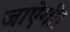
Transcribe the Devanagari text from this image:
जाऐगी।